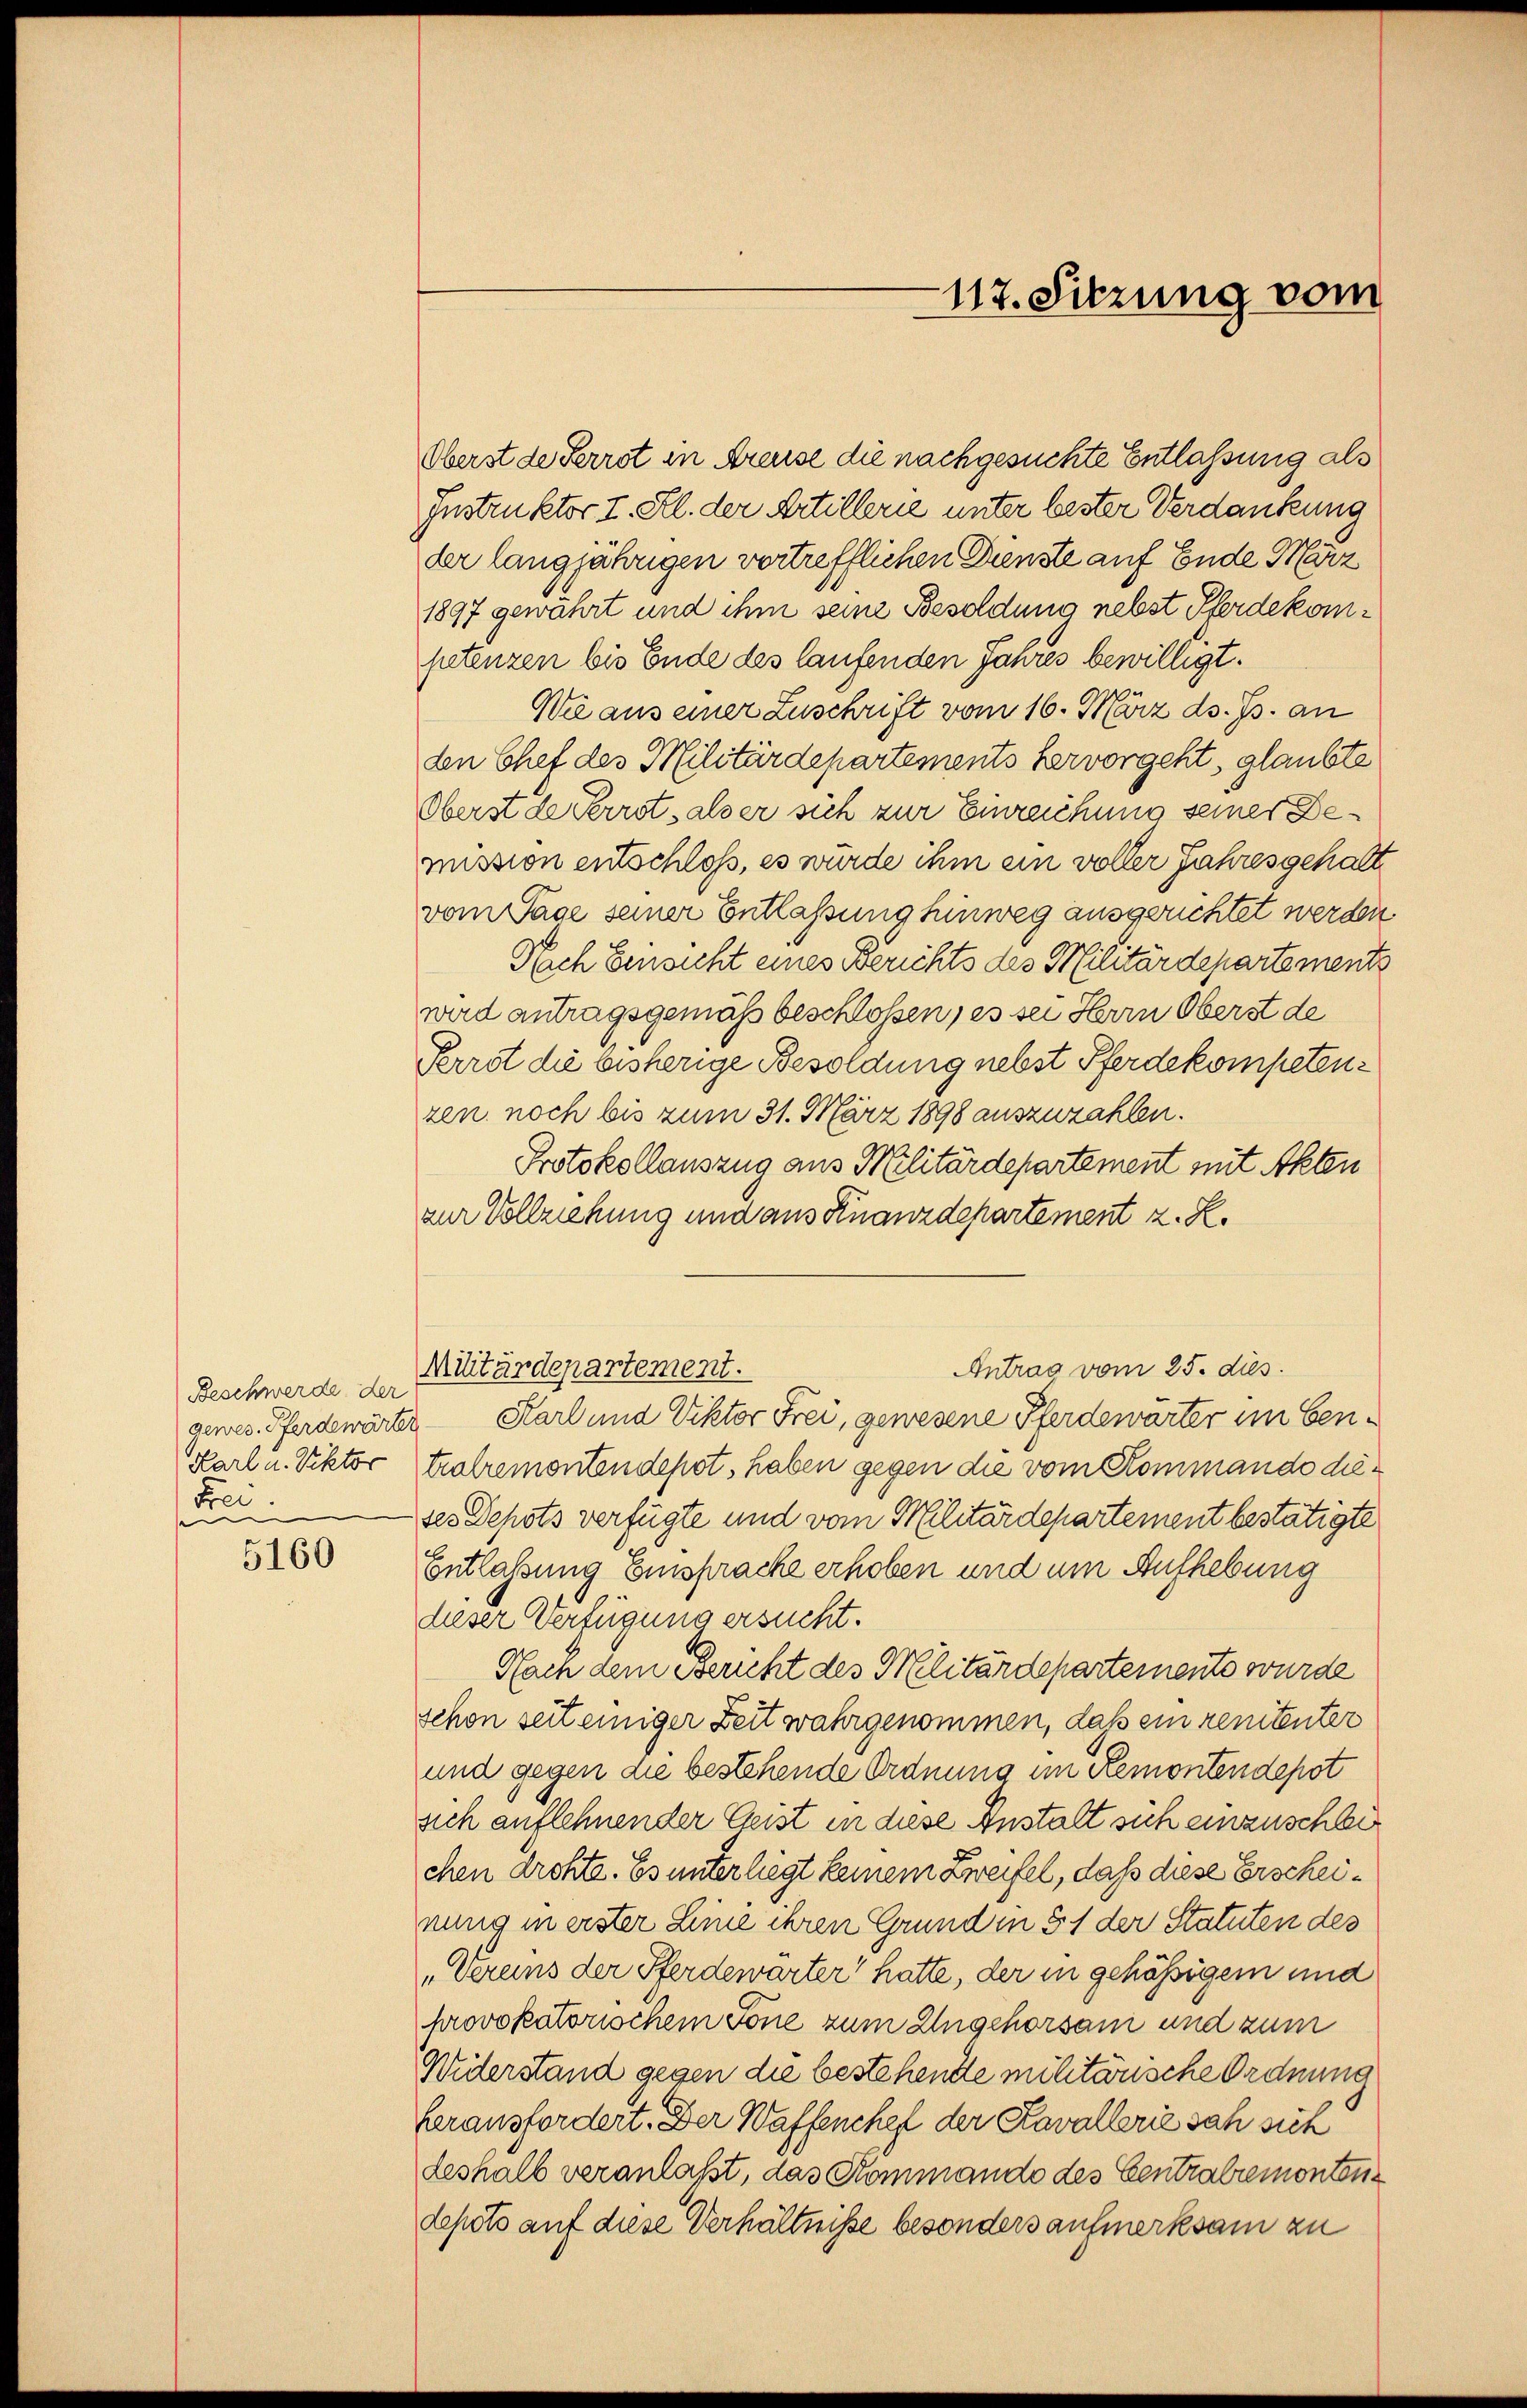
Beschwerde der
Karl u. Viktor
Frei
e

5160

Oberst de Perrot in Freuse die nachgesuchte Entlassung als
Instruktor. I. Kl. der Artillerie unter bester Verdankung
der langjährigen vertrefflichen Dienste auf Ende März
1897 gewährt und ihm seine Besoldung nebst Pferdekompetenzen bis Ende des laufenden Jahres bewilligt.
Wie aus einer Zuschrift vom 16. März d. Js. an
den Chef des Militärdepartements hervorgeht, glaubte
Oberst de Perrot, als er sich zur Einreichung seiner Demission entschloß, es würde ihm ein voller Jahres gehalt
vom Tage seiner Entlaßung hinweg ausgerichtet werden
Nach Einsicht eines Berichts des Militärdepartements
wird antragsgemäß beschlossen, es sei Herrn Oberst de
Perrot die bisherige Besoldung nebst Pferdekompetenzen noch bis zum 31. März 1898 auszuzahlen.
Protokollauszug aus Militärdepartement mit Akten
zur Vollziehung und aus Knanzdepartement z. Z.
Militärdepartement.
Antrag vom 25. dies
genes Pferdewärter Karl und Viktor Frei, gewesene Pferdewärter im Gentralremontendepst, haben gegen die vom Kommando dieses Depots verfügte und vom Militärdepartement bestätigte
Entlassung Einsprache erhoben und um Aufhebung
dieser Verfügung ersucht.
Nach dem Bericht des Militärdepartemente wurde
schon seit einiger Zeit wahrgenommen, daß ein renitenter
und gegen die bestehende Ordnung im Remontendepot
sich auflehnender Geist in diese Anstalt sich einzuschli
chen drohte. Es unterliegt keinem Zweifel, daß diese Erscheinung in erster Linie ihren Grund in § 1 der Statuten des
„Vereins der Pferdewärter hatte, der in gehässigem und
provokatorischem Tone zum Ungehorsam und zum
Widerstand gegen die bestehende mihtausche Ordnung
herausfordert. Der Waffenchef der Kavallerie sah sich
deshalb veranlaßt, das Kommando des Centralremonten
depots auf diese Verhältnisse besonders aufmerksam zu

117. Sitzung vom